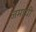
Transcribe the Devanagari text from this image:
जमायी